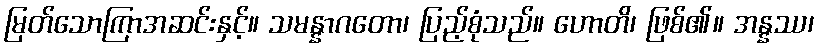
မြတ်သောကြာအဆင်းနှင့်။ သမန္နာဂတော၊ ပြည့်စုံသည်။ ဟောတိ၊ ဖြစ်၏။ အန္နဿ၊